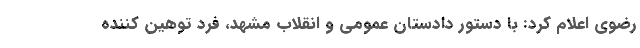
رضوی اعلام کرد: با دستور دادستان عمومی و انقلاب مشهد، فرد توهین کننده